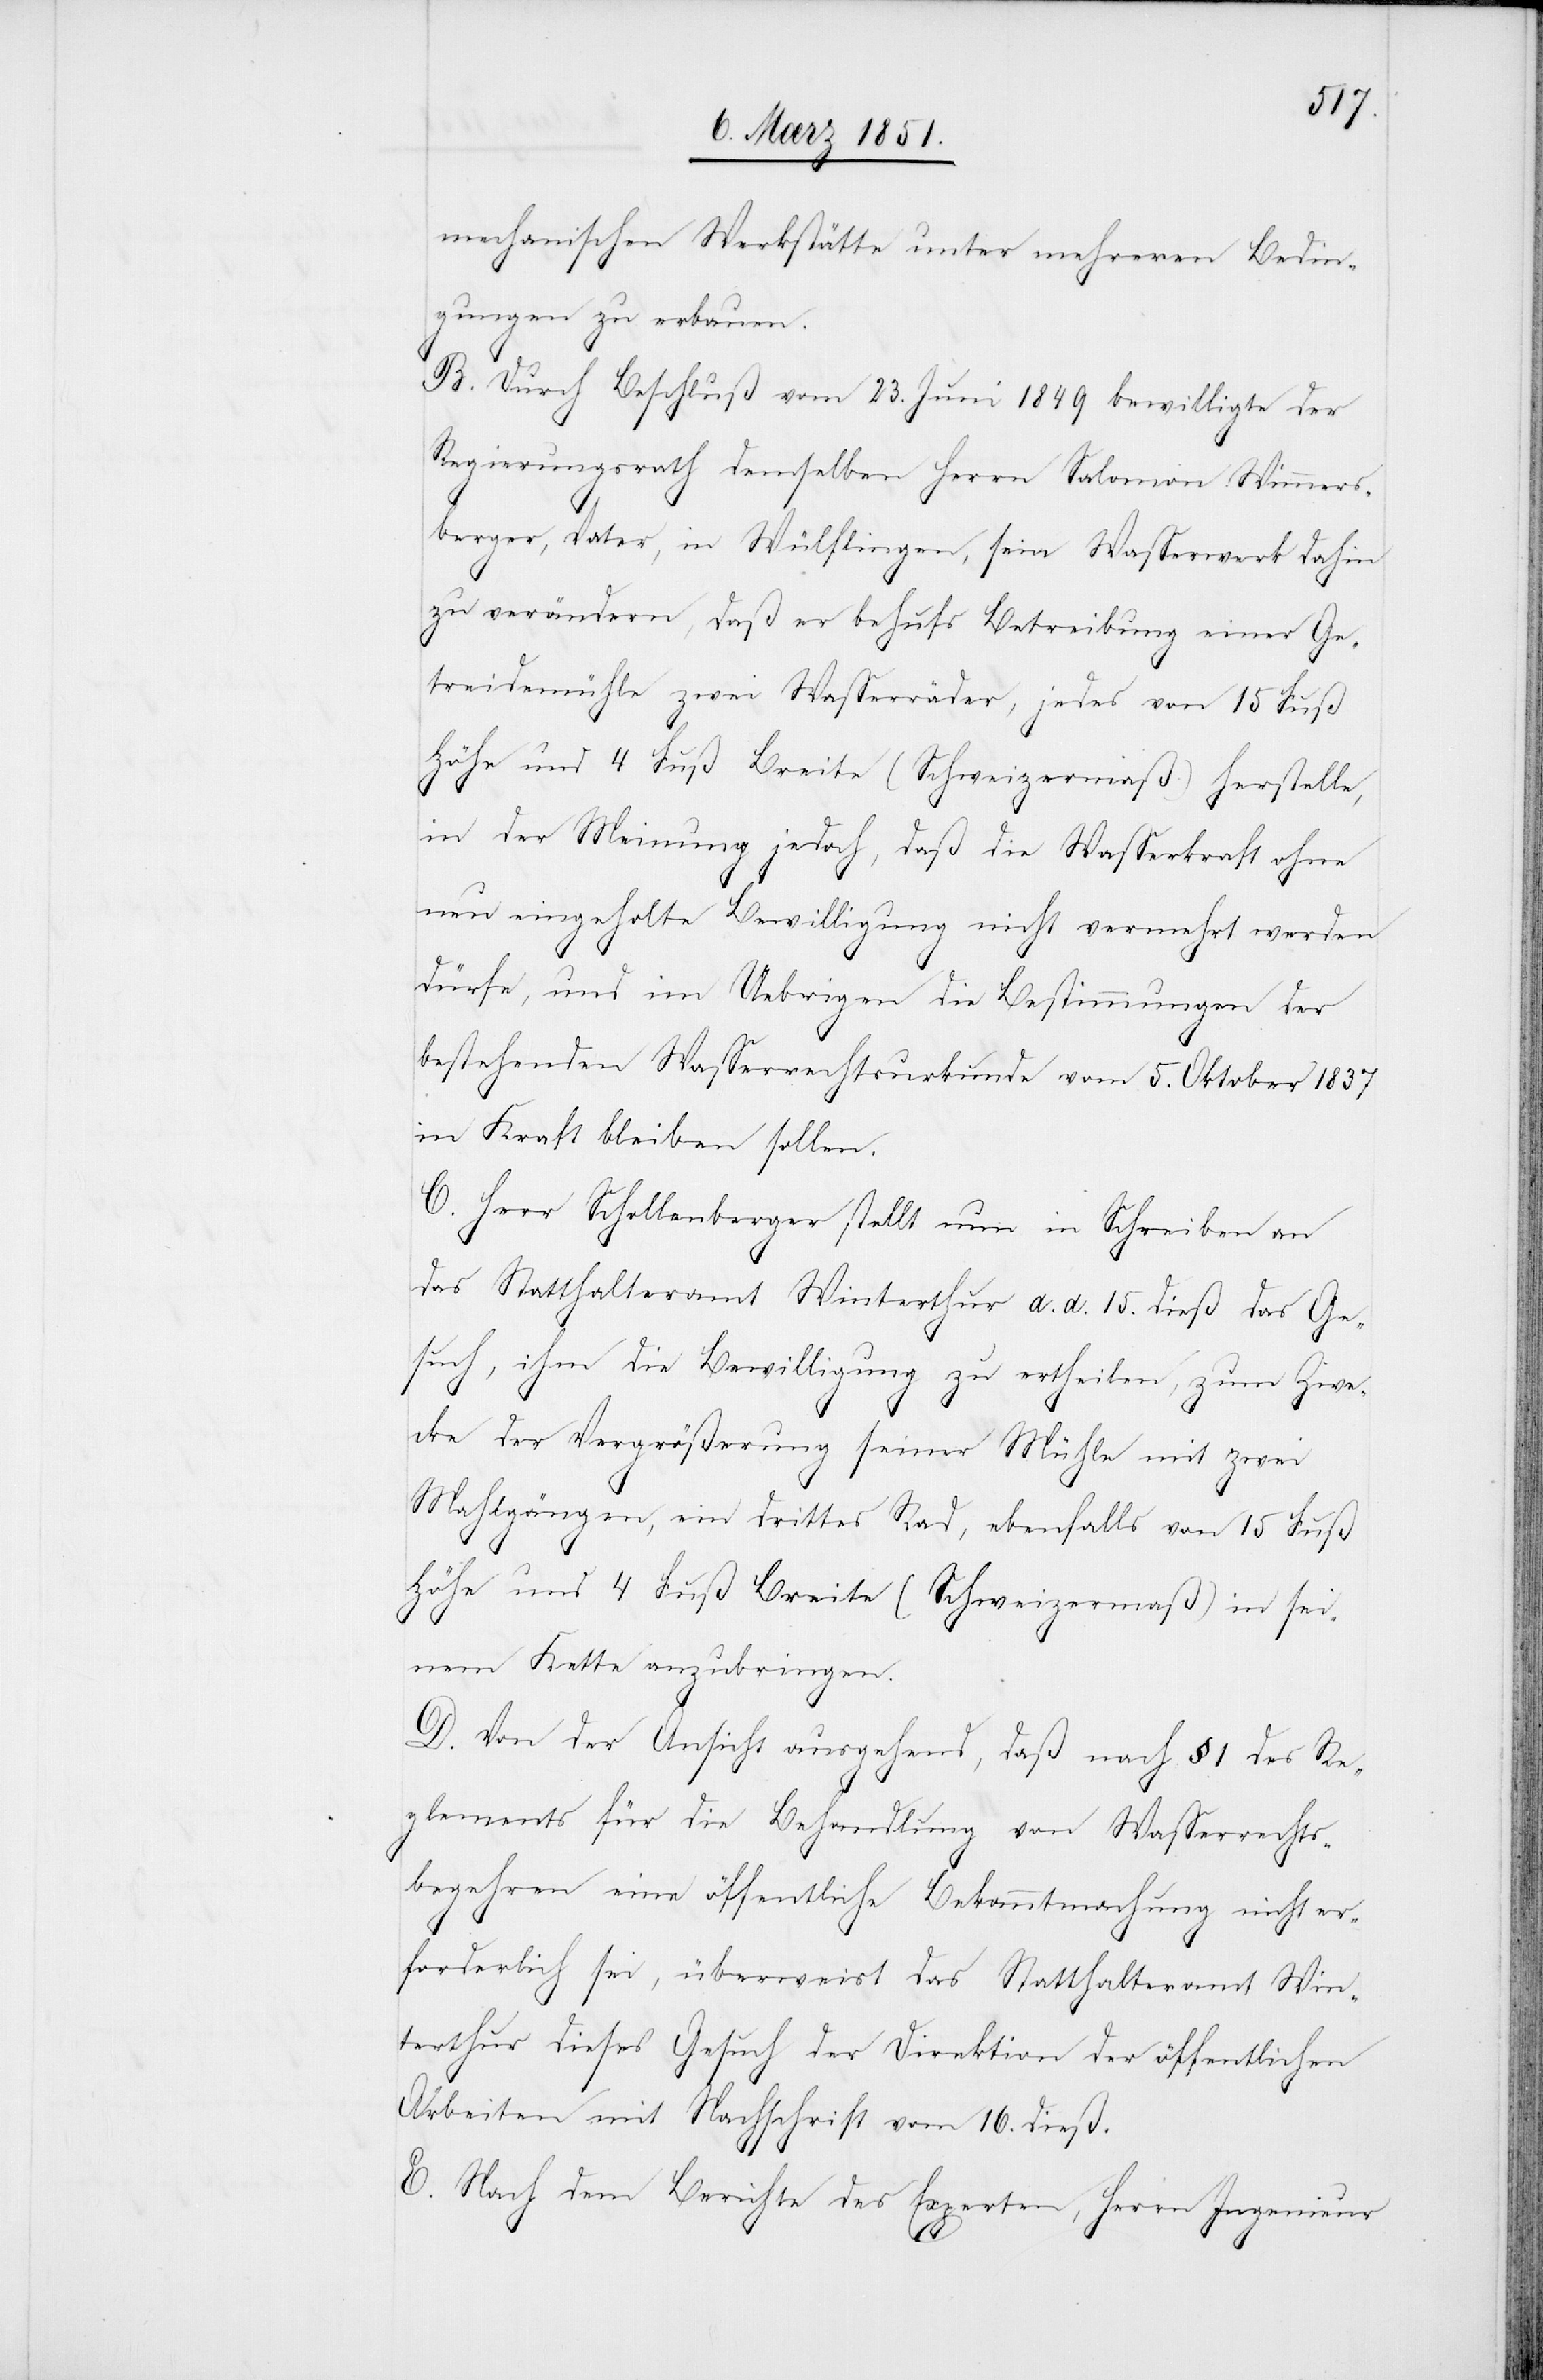
mechanischen Werkstätte unter mehreren Bedin¬
gungen zu erbauen.
B. Durch Beschluß vom 23. Juni 1849 bewilligte der
Regierungsrath demselben Herrn Salomon Wimmers¬
berger, Vater, in Wülflingen, sein Wasserwerk dahin
zu verändern, daß er behufs Betreibung einer Ge¬
treidemühle zwei Wasserräder, jedes von 15 Fuß
Höhe und 4 Fuß Breite (Schweizermaß) herstelle,
in der Meinung jedoch, daß die Wasserkraft ohne
neu eingeholte Bewilligung nicht vermehrt werden
dürfe, und im Uebrigen die Bestimmungen der
bestehenden Wasserrechtsurkunde vom 5. Oktober 1837
in Kraft bleiben sollen.
C. Herr Schollenberger stellt nun in Schreiben an
das Statthalteramt Winterthur, d. d. 15. dieß das Ge¬
such, ihm die Bewilligung zu ertheilen, zum Zwe¬
cke der Vergrößerung seiner Mühle mit zwei
Mahlgängen, ein drittes Rad, ebenfalls von 15 Fuß
Höhe und 4 Fuß Breite (Schweizermaß) in sei¬
nem Kette anzubringen.
D. Von der Ansicht ausgehend, daß nach § 1 des Re¬
glements für die Behandlung von Wasserrechts¬
begehren eine öffentliche Bekanntmachung nicht er¬
forderlich sei, überweist das Statthalteramt Win¬
terthur dieses Gesuch der Direktion der öffentlichen
Arbeiten mit Nachschrift vom 16. dieß.
E. Nach dem Berichte des Experten, Herrn Ingenieur